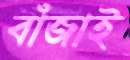
বাঁজাই